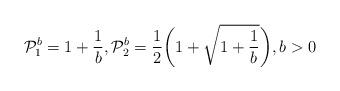
LaTeX: \begin{align*} \mathcal{P}_1^b=1+\frac{1}{b},\mathcal{P}_2^b=\frac{1}{2} \biggl(1+\sqrt{1+\frac{1}{b}} \biggr),b>0\end{align*}